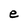
Character: e